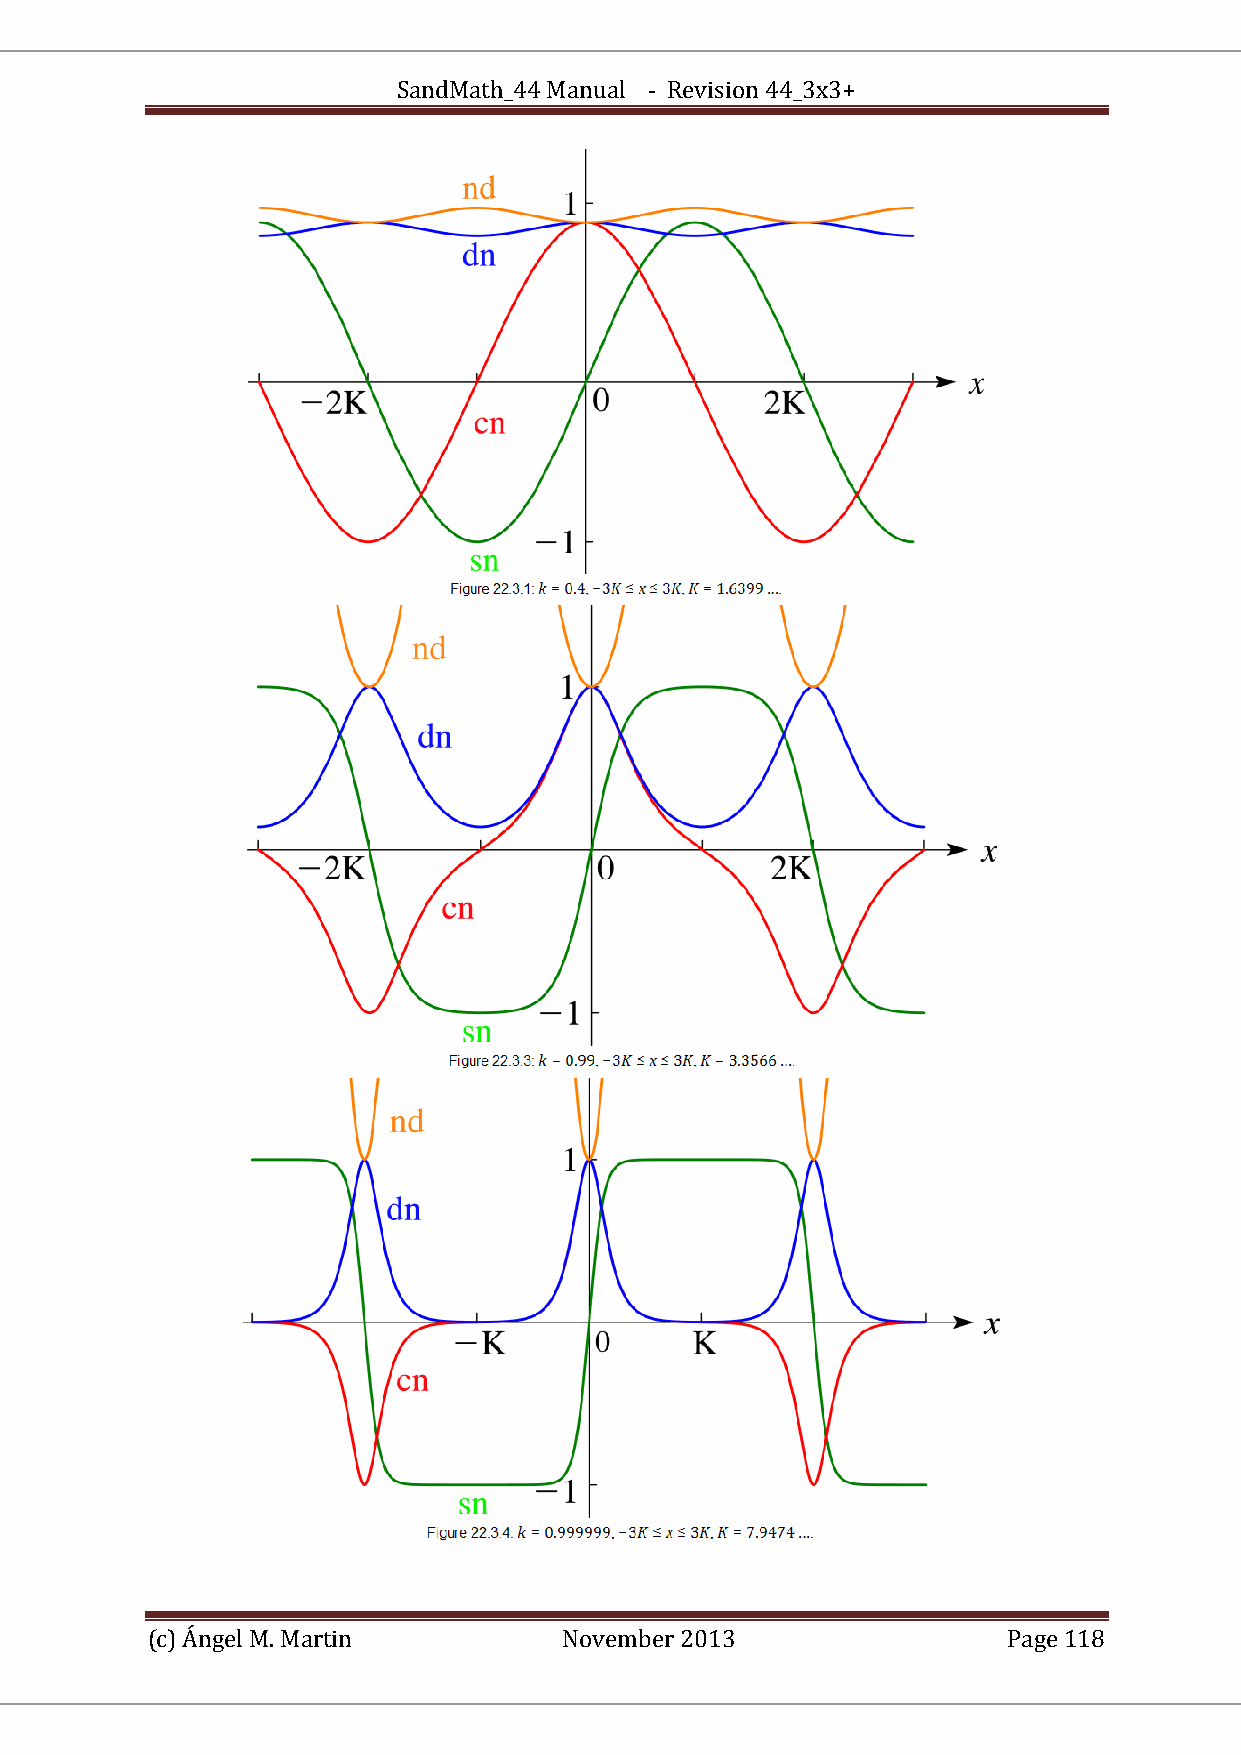
SandMath_44 Manual - Revision 44_3x3+
 (c) Ángel M. Martin        November 2013                 Page 118